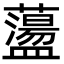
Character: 蘯